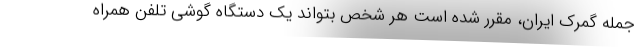
جمله گمرک ایران، مقرر شده است هر شخص بتواند یک دستگاه گوشی تلفن همراه